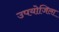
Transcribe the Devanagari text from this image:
उपयोजिला